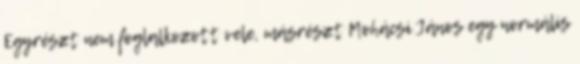
Egyrészt nem foglalkozott vele, másrészt Mohácsi János egy normális